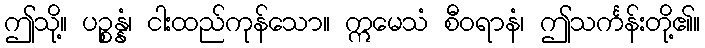
ဤသို့။ ပဉ္စန္နံ၊ ငါးထည်ကုန်သော။ ဣမေသံ စီဝရာနံ၊ ဤသင်္ကန်းတို့၏။